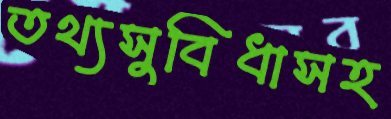
তথ্যসুবিধাসহ